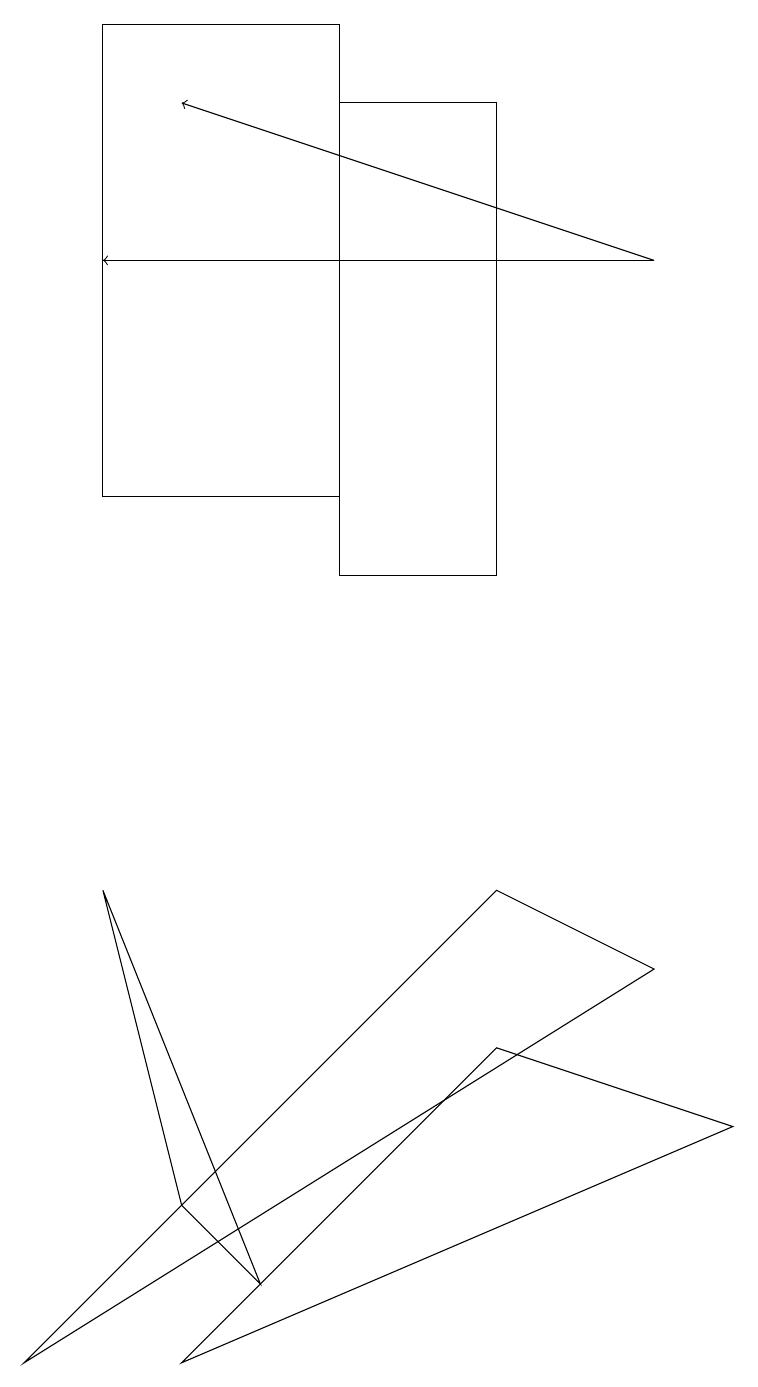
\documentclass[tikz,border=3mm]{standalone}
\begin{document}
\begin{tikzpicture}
\draw (2,0) -- (6,4) -- (9,3) -- cycle;
\draw[->] (8,14) -- (2,16);
\draw[->] (8,14) -- (1,14);
\draw (4,16) rectangle (6,10);
\draw (3,1) -- (1,6) -- (2,2) -- cycle;
\draw (1,11) rectangle (4,17);
\draw (0,0) -- (8,5) -- (6,6) -- cycle;
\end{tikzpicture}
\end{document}